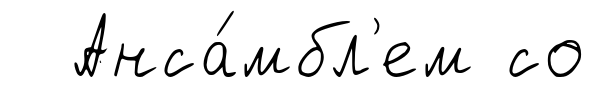
Анса́мбл'ем со